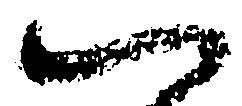
一